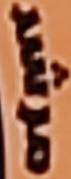
مرشد